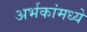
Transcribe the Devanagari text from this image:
अर्भकांमध्ये